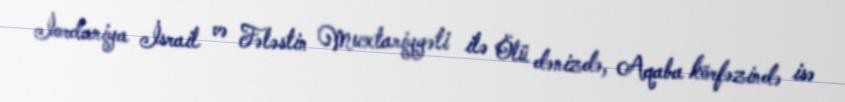
İordaniya İsrail və Fələstin Muxtariyyəti ilə Ölü dənizdə, Aqaba körfəzində isə